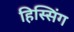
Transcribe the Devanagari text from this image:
हिस्सिंग